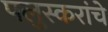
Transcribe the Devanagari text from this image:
पलुस्करांचे